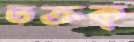
তক্‌তক্‌